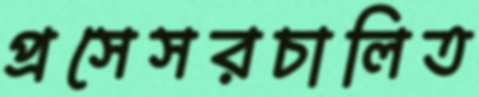
প্রসেসরচালিত